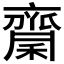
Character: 𪗉